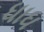
ધાધ